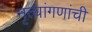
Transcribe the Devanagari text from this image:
नृत्यांगणांची